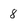
Character: 8